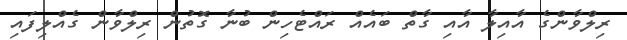
ރިލްވާންގެ އާއިލާ އާއި ގާތް ބައެއް ރައްޓެހިން ބުނާ ގޮތުން ރިލްވާން ގެއްލިފައި